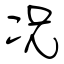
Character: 况